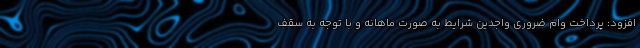
افزود: پرداخت وام ضروری واجدین شرایط به صورت ماهانه و با توجه به سقف